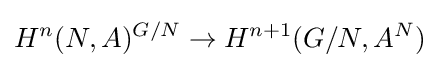
H^{n}(N,A)^{G/N}\to H^{n+1}(G/N,A^{N})